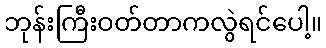
ဘုန်းကြီးဝတ်တာကလွဲရင်ပေါ့။